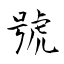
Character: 號